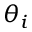
\theta _ { i }